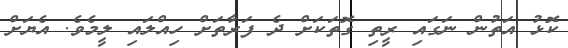
ކޮޅު އަތުން ނަގައި ރީތި ގޮތަކަށް ދެ ފަރާތަށް ހިއްލައި ލީމެވެ. އެޔަށް